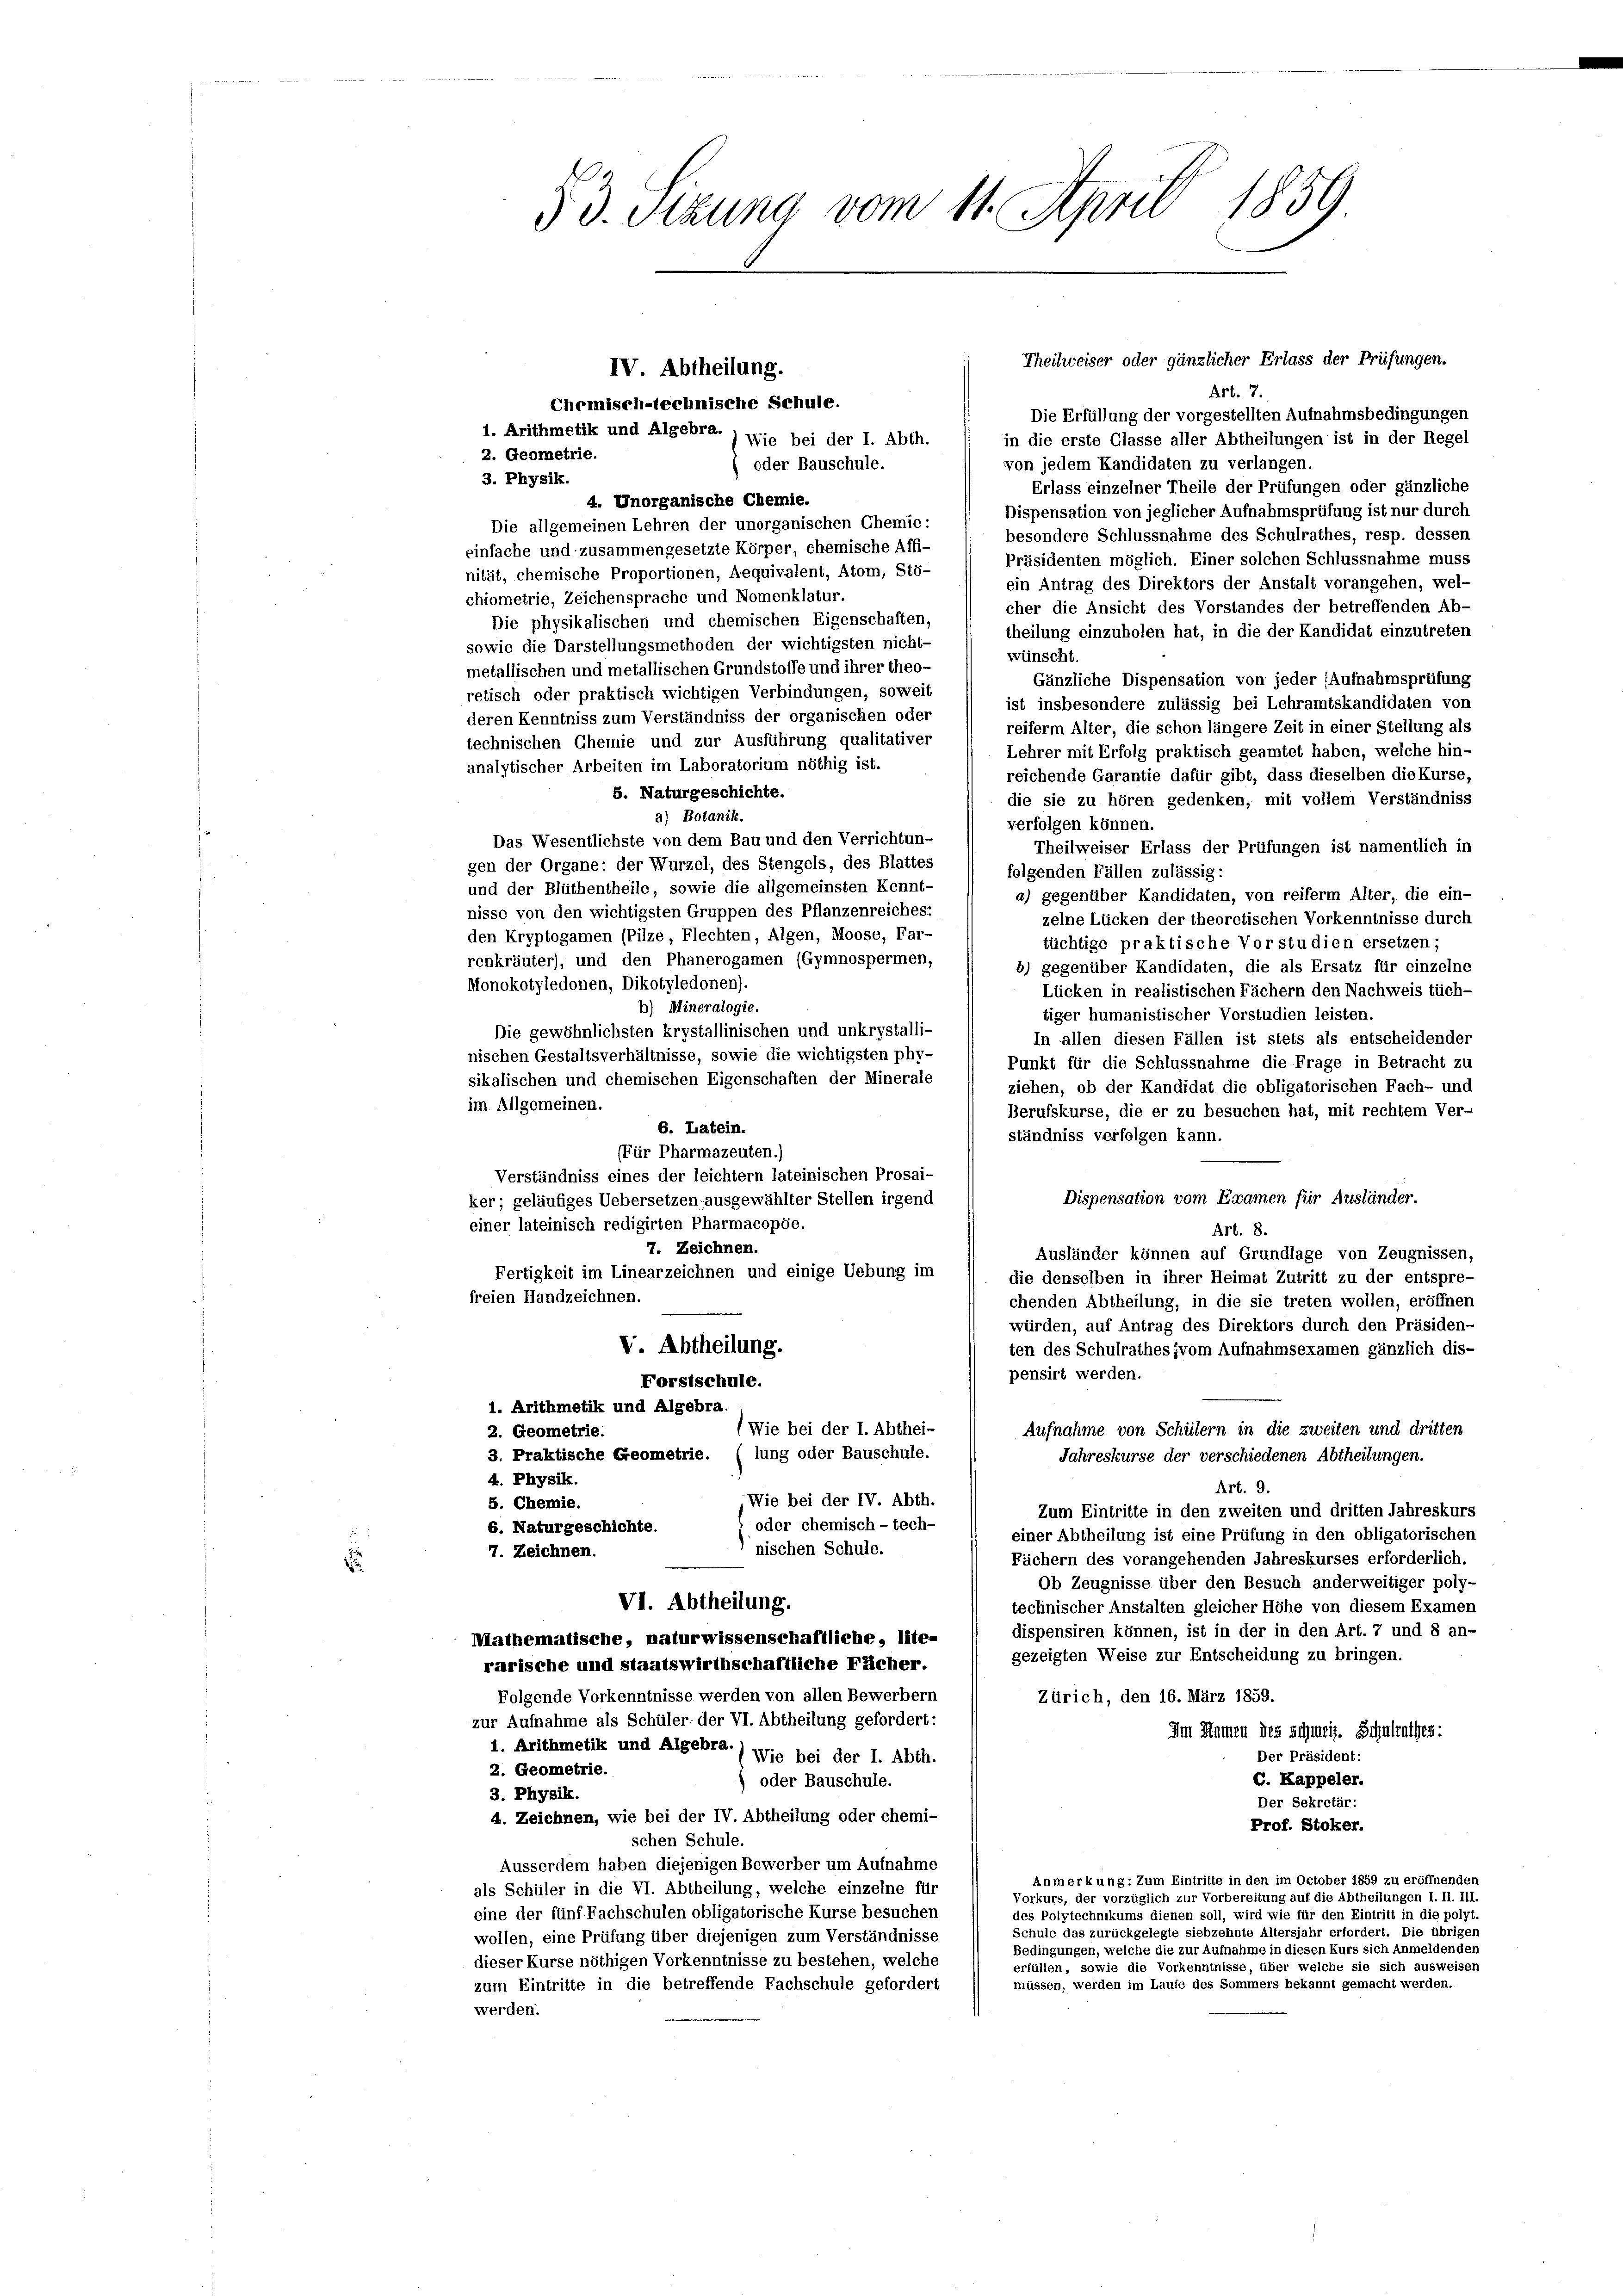
§ 3. Sizung vom 11. April 1859

Theilweiser oder gänzlicher Erlass der Prüfungen.
Art. 7.
Die Erfüllung der vorgestellten Aufnahmsbedingungen
in die erste Glasse aller Abtheilungen ist in der Regel
von jedem Kandidaten zu verlangen.
oder Bauschule.
3. Physik.
Erlass einzelner Theile der Prüfungen oder gänzliche
4. Unorganische Chemie.
Dispensation von jeglicher Aufnahmsprüfung ist nur durch
Die allgemeinen Lehren der unorganischen Chemie:
besondere Schlussnahme des Schulrathes, resp. dessen
einfache und zusammengesetzte Körper, chemische Affi-
Präsidenten möglich. Einer solchen Schlussnahme muss
nität, chemische Proportionen, Aequivalent, Atom, Stö-
ein Antrag des Direktors der Anstalt vorangehen, wel-
chiometrie, Zeichensprache und Nomenklatur.
cher die Ansicht des Vorstandes der betreffenden Ab-
Die physikalischen und chemischen Eigenschaften,
theilung einzuholen hat, in die der Kandidat einzutreten
sowie die Darstellungsmethoden der wichtigsten nicht-
wünscht
metallischen und metallischen Grundstoffe und ihrer theo-
Gänzliche Dispensation von jeder (Aufnahmsprüfung
retisch oder praktisch wichtigen Verbindungen, soweit
ist insbesondere zulässig bei Lehramtskandidaten von
deren Kenntniss zum Verständniss der organischen oder
reiferm Alter, die schon längere Zeit in einer Stellung als
technischen Chemie und zur Ausführung qualitativer
Lehrer mit Erfolg praktisch geamtet haben, welche hin-
analytischer Arbeiten im Laboratorium nöthig ist.
reichende Garantie dafür gibt, dass dieselben die Kurse,
5. Naturgeschichte.
die sie zu hören gedenken, mit vollem Verständniss
a) Botanik.
verfolgen können.
Das Wesentlichste von dem Bau und den Verrichtun-
Theilweiser Erlass der Prüfungen ist namentlich in
gen der Organe: der Wurzel, des Stengels, des Blattes
folgenden Fällen zulässig:
und der Blüthentheile, sowie die allgemeinsten Kennt-
a) gegenüber Kandidaten, von reiferm Alter, die ein-
nisse von den wichtigsten Gruppen des Pflanzenreiches:
zelne Lücken der theoretischen Vorkenntnisse durch
den Kryptogamen (Pilze, Flechten, Algen, Moose, Far-
tüchtige praktische Vorstudien ersetzen;
renkräuter), und den Phanerogamen (Gymnospermen,
6) gegenüber Kandidaten, die als Ersatz für einzelne
Monokotyledonen, Dikotyledonen).
Lücken in realistischen Fächern den Nachweis tüch-
b) Mineralogie.
tiger humanistischer Vorstudien leisten.
Die gewöhnlichsten krystallinischen und unkrystalli-
In allen diesen Fällen ist stets als entscheidender
nischen Gestaltsverhältnisse, sowie die wichtigsten phy-
Punkt für die Schlussnahme die Frage in Betracht zu
sikalischen und chemischen Eigenschaften der Minerale
ziehen, ob der Kandidat die obligatorischen Fach- und
im Allgemeinen.
Berufskurse, die er zu besuchen hat, mit rechtem Ver-
6. Latein.
ständniss verfolgen kann.
(Für Pharmazeuten.)
Verständniss eines der leichtern lateinischen Prosai-
Dispensation vom Examen für Ausländer.
ker; geläufiges Uebersetzen ausgewählter Stellen irgend
einer lateinisch redigirten Pharmacopöe.
Art. 8.
7. Zeichnen.
Ausländer können auf Grundlage von Zeugnissen,
Fertigkeit im Linearzeichnen und einige Uebung im
die denselben in ihrer Heimat Zutritt zu der entspre-
freien Handzeichnen.
chenden Abtheilung, in die sie treten wollen, eröffnen
würden, auf Antrag des Direktors durch den Präsiden-
V. Abtheilung.
ten des Schulrathes vom Aufnahmsexamen gänzlich dis-
pensirt werden.
Forstschule.
1. Arithmetik und Algebra.
(Wie bei der I. Abthei-
Aufnahme von Schütern in die zweiten und dritten
2. Geometrie.
3. Praktische Geometrie. (lung oder Bauschule.
Jahreskurse der verschiedenen Abtheilungen.
4. Physik.
Art. 9.
Wie bei der IV. Abth.
5. Chemie.
Zum Eintritte in den zweiten und dritten Jahreskurs
oder chemisch-tech-
6. Naturgeschichte.
einer Abtheilung ist eine Prüfung in den obligatorischen
nischen Schule.
7. Zeichnen.
Fächern des vorangehenden Jahreskurses erforderlich.
Ob Zeugnisse über den Besuch anderweitiger poly-
VI. Abtheilung.
technischer Anstalten gleicher Höhe von diesem Examen
dispensiren können, ist in der in den Art. 7 und 8 an-
Mathematische, naturwissenschaftliche, lite-
gezeigten Weise zur Entscheidung zu bringen.
rarische und staatswirthschaftliche Fächer.
Folgende Vorkenntnisse werden von allen Bewerbern
Zürich, den 16. März 1859.
zur Aufnahme als Schüler, der VI. Abtheilung gefordert:
Im Hammen des schweiz. Schulrathes:
1. Arithmetik und Algebra.) Wie bei der I. Abth.
Der Präsident:
2. Geometrie.
C. Kappeler.
oder Bauschule.
3. Physik.
Der Sekretär:
4. Zeichnen, wie bei der IV. Abtheilung oder chemi-
Prof. Stoker.
schen Schule.
Ausserdem haben diejenigen Bewerber um Aufnahme
Anmerkung: Zum Eintritte in den im October 1859 zu eröffnenden
als Schüler in die VI. Abtheilung, welche einzelne für
Vorkurs, der vorzüglich zur Vorbereitung auf die Abtheilungen I. II. III.
eine der fünf Fachschulen obligatorische Kurse besuchen
des Polytechnikums dienen soll, wird wie für den Eintritt in die polyt.
Schule das zurückgelegte siebzehnte Altersjahr erfordert. Die übrigen
wollen, eine Prüfung über diejenigen zum Verständnisse
Bedingungen, welche die zur Aufnahme in diesen Kurs sich Anmeldenden
dieser Kurse nöthigen Vorkenntnisse zu bestehen, welche
erfüllen, sowie die Vorkenntnisse, über welche sie sich ausweisen
müssen, werden im Laufe des Sommers bekannt gemacht werden.
zum Eintritte in die betreffende Fachschule gefordert
werden.

IV. Abtheilung.
Chemisch-technische Schule.
1. Arithmetik und Algebra. ) Wie bei der I. Abth.
2. Geometrie.